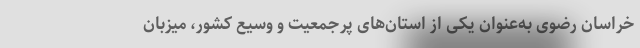
خراسان رضوی به‌عنوان یکی از استان‌های پرجمعیت و وسیع کشور، میزبان